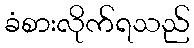
ခံစားလိုက်ရသည်